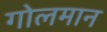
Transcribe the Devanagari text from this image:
गोलमान